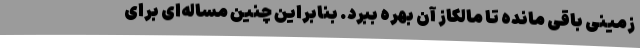
زمینی باقی مانده تا مالکاز آن بهره ببرد. بنابراین چنین مساله‌ای برای